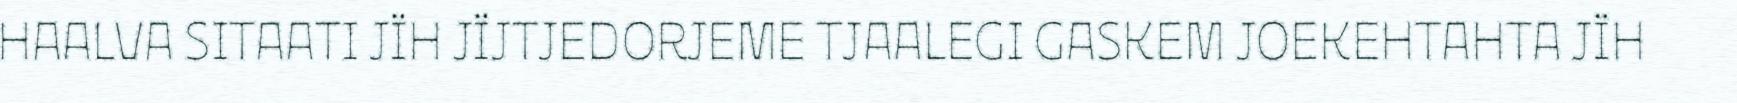
HAALVA SITAATI JÏH JÏJTJEDORJEME TJAALEGI GASKEM JOEKEHTAHTA JÏH